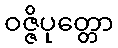
ဝဇ္ဇိပုတ္တော